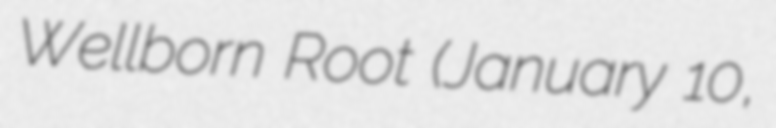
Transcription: Wellborn Root (January 10,